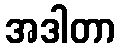
အဒါတာ